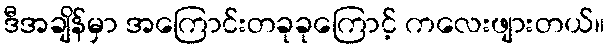
ဒီအချိန်မှာ အကြောင်းတခုခုကြောင့် ကလေးဖျားတယ်။